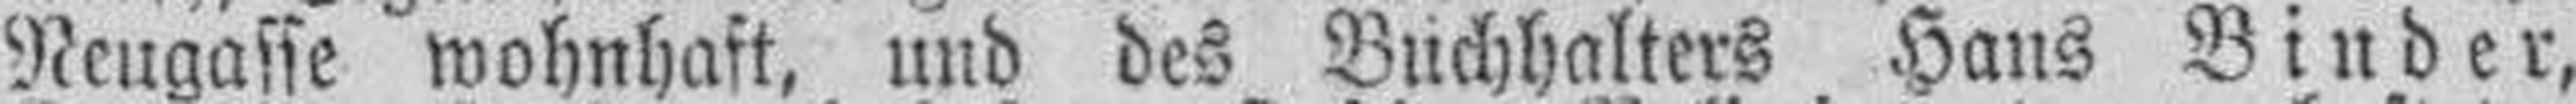
Neugasse wohnhaft, und des Buchhalters Hans Binder,